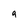
Character: 9